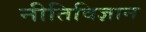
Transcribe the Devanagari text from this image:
नीतिविज्ञान